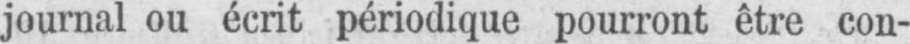
journal ou écrit périodique pourront être con-